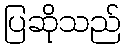
ပြဆိုသည်